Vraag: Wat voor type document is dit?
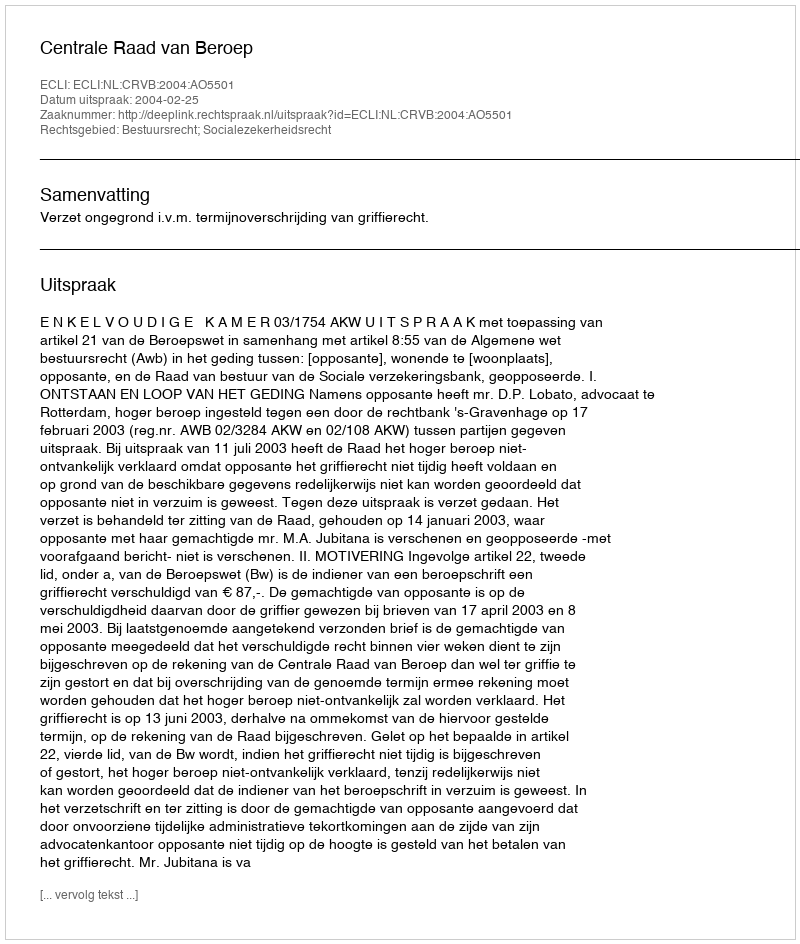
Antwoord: Uitspraak